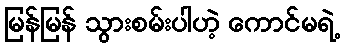
မြန်မြန် သွားစမ်းပါဟဲ့ ကောင်မရဲ့